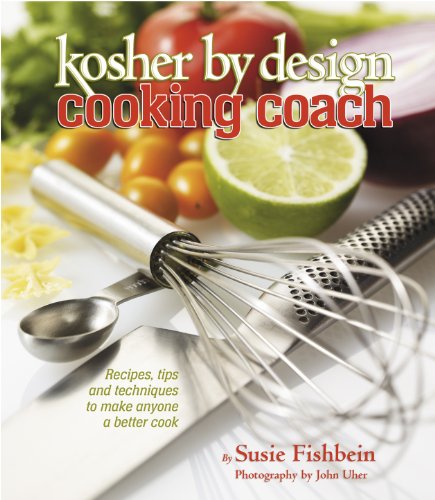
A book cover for Kosher By Design Cooking Coach: Recipes, tips and techniques to make anyone a better cook; Susie Fishbein; Cookbooks, Food & Wine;